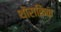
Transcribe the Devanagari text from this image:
थोराकिक